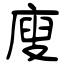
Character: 廋